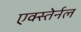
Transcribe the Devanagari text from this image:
एक्स्तेर्नल